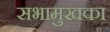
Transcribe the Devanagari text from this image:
सभामुखका